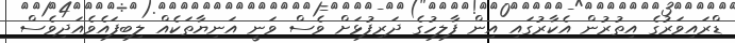
ޑްރައިވަރުގެ އިތުރުން އެކާރުގައި އިން ފާލިހުގެ ދަރިފުޅަށް ވެސް ވަނީ އަނިޔާތަކެއް ލިބިފައެވެއަދިވެސް